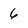
Character: 6